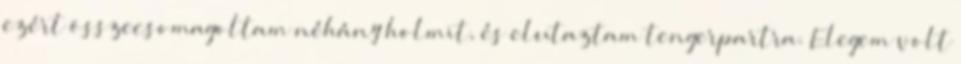
ezért összecsomagoltam néhány holmit, és elutaztam tengerpartra. Elegem volt